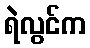
ရဲလွင်က